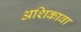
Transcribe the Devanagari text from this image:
अशिकावा